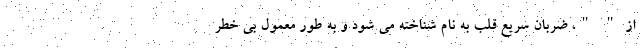
از " "، ضربان سریع قلب به نام شناخته می شود و به طور معمول بی خطر